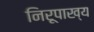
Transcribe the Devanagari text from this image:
निरूपाख्य